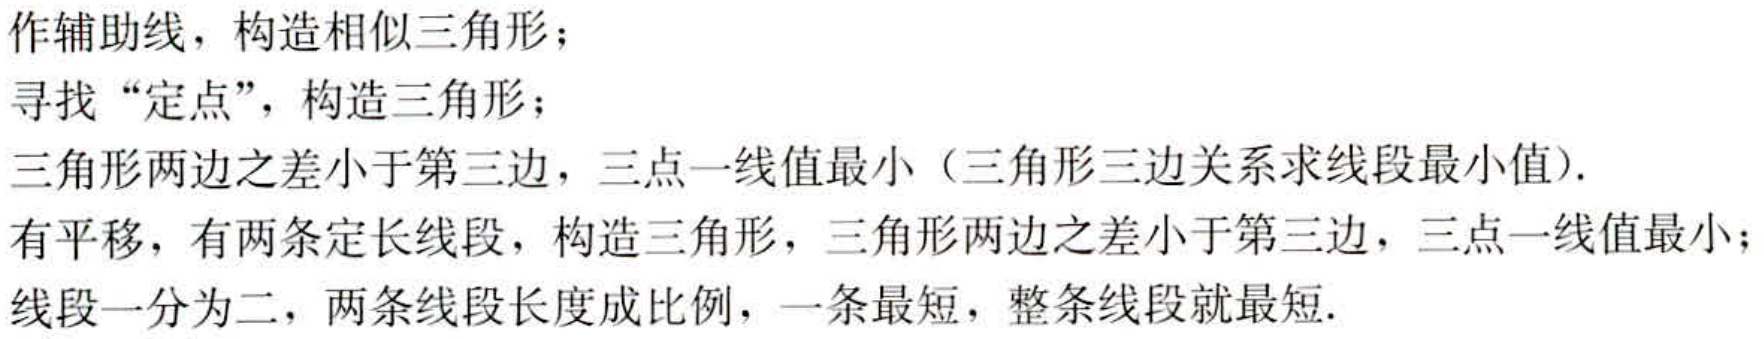
作辅助线，构造相似三角形；

寻找 “定点”，构造三角形；

三角形两边之差小于第三边，三点一线值最小（三角形三边关系求线段最小值）.

有平移，有两条定长线段，构造三角形，三角形两边之差小于第三边，三点一线值最小；

线段一分为二，两条线段长度成比例，一条最短，整条线段就最短.